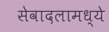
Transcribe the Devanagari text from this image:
सेवादलामध्ये